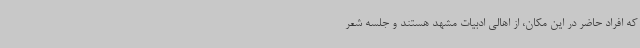
که افراد حاضر در این مکان، از اهالی ادبیات مشهد هستند و جلسه شعر